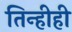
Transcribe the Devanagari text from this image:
तिन्हीही